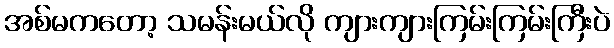
အစ်မကတော့ သမန်းမယ်လို ကျားကျားကြမ်းကြမ်းကြီးပဲ